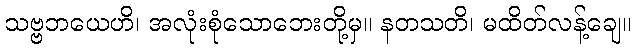
သဗ္ဗဘယေဟိ၊ အလုံးစုံသောဘေးတို့မှ။ နတသတိ၊ မထိတ်လန့်ချေ။